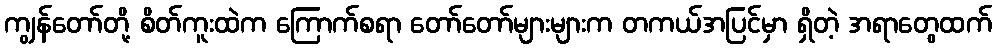
ကျွန်တော်တို့ စိတ်ကူးထဲက ကြောက်စရာ တော်တော်များများက တကယ်အပြင်မှာ ရှိတဲ့ အရာတွေထက်